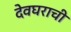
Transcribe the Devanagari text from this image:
देवघराची